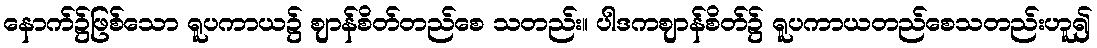
နောက်၌ဖြစ်သော ရူပကာယ၌ ဈာန်စိတ်တည်စေ သတည်း။ ပါဒကဈာန်စိတ်၌ ရူပကာယတည်စေသတည်းဟူ၍